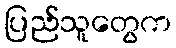
ပြည်သူတွေက